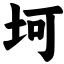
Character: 坷